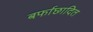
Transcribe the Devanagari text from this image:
बर्फाछादित